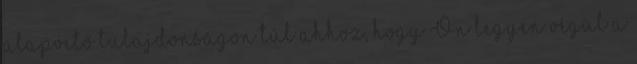
alapvető tulajdonságon túl ahhoz, hogy Ön legyen végül a